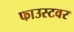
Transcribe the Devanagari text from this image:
फाउस्टवर